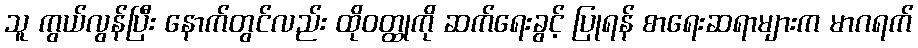
သူ ကွယ်လွန်ပြီး နောက်တွင်လည်း ထိုဝတ္ထုကို ဆက်ရေးခွင့် ပြုရန် စာရေးဆရာများက မာဂရက်